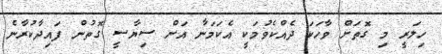
ހިލަރީ މި ގޮތަށް ވާހަކަ ދެއްކެވުމަކީ އެކަމަނާ އަށް ސިޔާސީ ގޮތުން ފައިދާކުރާނެ